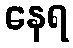
နေရ